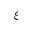
\xi